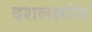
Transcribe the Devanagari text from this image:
दशलक्षांश